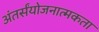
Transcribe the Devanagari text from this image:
अंतर्संयोजनात्मकता